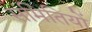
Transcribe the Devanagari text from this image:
संमितियों